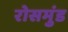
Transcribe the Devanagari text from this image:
रोसमुंड